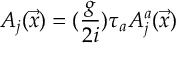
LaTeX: A _ { j } ( \vec { x } ) = ( \frac { g } { 2 i } ) \tau _ { a } A _ { j } ^ { a } ( \vec { x } )